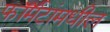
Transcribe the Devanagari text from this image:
फॉर्मॅटांमधील